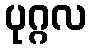
ပုဂ္ဂလ